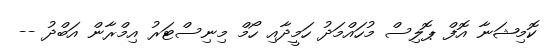
ކޮމިޝަނާ އޮފް ޕޮލިސް މުހައްމަދު ހަމީދާއި ހޯމް މިނިސްޓަރު އިމްރާން އަބްދު --